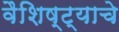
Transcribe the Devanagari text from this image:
वैशिष्ट्याचे